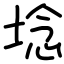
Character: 埝